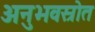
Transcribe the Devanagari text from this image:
अनुभवस्रोत